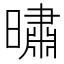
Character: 㬘